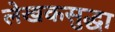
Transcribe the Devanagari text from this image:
लेखकसुद्धा